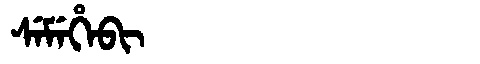
Manchu: ᠰᡝᠮᡝᡥᡝᠪᡳ
Romanization: SEMEHEBI